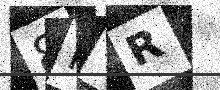
Text: 8PGR